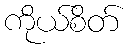
ကိုယ်စိတ်